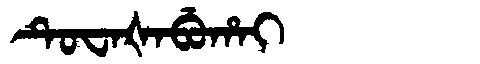
Manchu: ᡨᡠᠸᠠᡧᠠᠪᡠᡥᠠᡳ
Romanization: TUWAŠABUHAI